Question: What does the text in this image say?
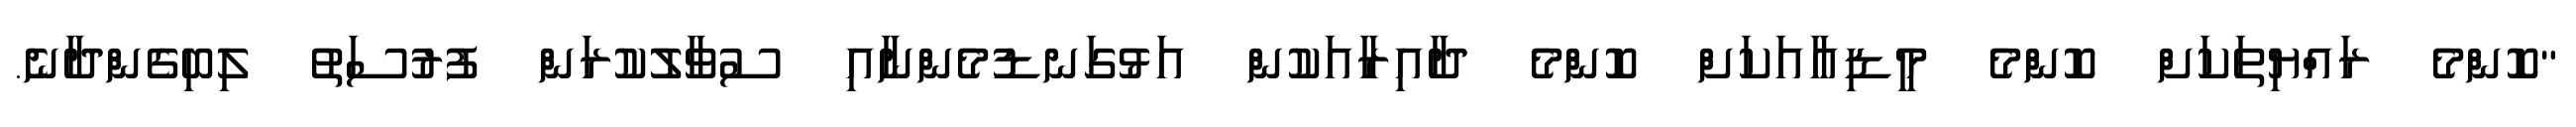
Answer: "ކޮންމެ ރައްޔިތަކަށް ކޮންމެ މީޑިއާއަކަށް ކޮންމެ ދާއިރާއަކުން އަޅުގަނޑުމެންނާއި ސުވާލުކުރަން ފުރުސަތު ލިބިގެންދާނެ.